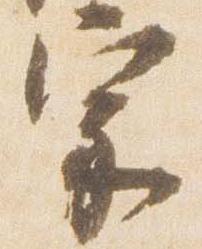
家